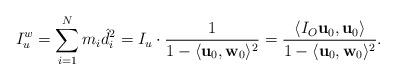
LaTeX: \begin{align*}I^w_u=\sum\limits_{i=1}^{N}m_i\hat d_i^2=I_u\cdot \frac{1}{1-\langle\textbf{u}_0,\textbf{w}_0\rangle^2}=\frac{\langle I_O\textbf{u}_0,\textbf{u}_0\rangle}{1-\langle\textbf{u}_0,\textbf{w}_0\rangle^2}.\end{align*}